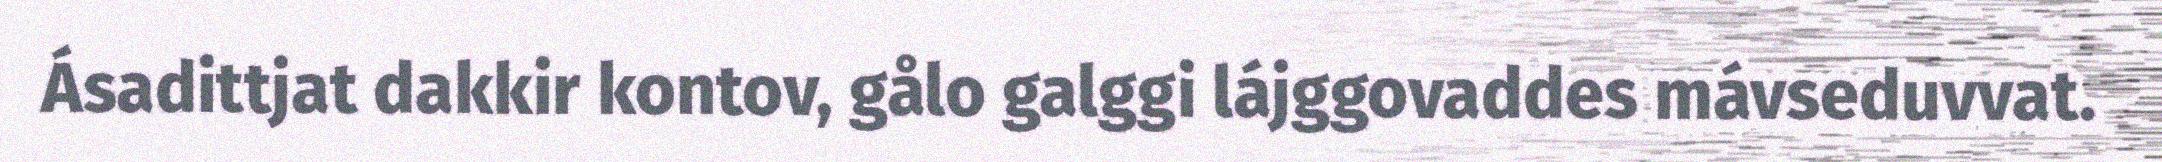
Ásadittjat dakkir kontov, gålo galggi lájggovaddes mávseduvvat.